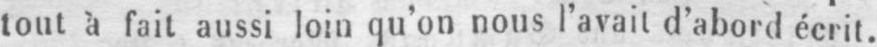
tout à fait aussi loin qu’on nous l’avait d’abord écrit.